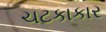
ચટકાકાર